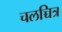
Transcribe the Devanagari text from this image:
चलच्चित्र